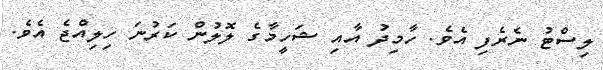
ލިސްޓު ނެރެފި އެވެ. ހާމިދު އާއި ޝަހީމާގެ ލޮލުން ކަރުނަ ހިލިއްޖެ އެވެ.